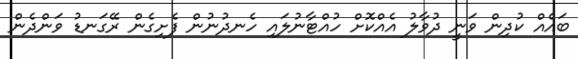
ބައެއް ކުދިން ވަނީ ދުވާލު އެއްކޮށް ހުއްޓާނުލައި ހެނދުނުން ފެށިގެން ރޭގަނޑު ވަންދެން